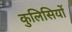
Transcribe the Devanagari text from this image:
कुलिसियों